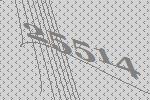
25514